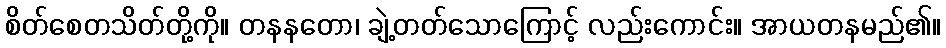
စိတ်စေတသိတ်တို့ကို။ တနနတော၊ ချဲ့တတ်သောကြောင့် လည်းကောင်း။ အာယတနမည်၏။